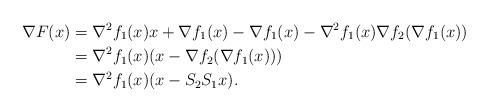
LaTeX: \begin{align*}\nabla F(x)&=\nabla^2f_1(x)x+\nabla f_1(x)-\nabla f_1(x)-\nabla^2f_1(x)\nabla f_2(\nabla f_1(x))\\&=\nabla^2f_1(x)(x-\nabla f_2(\nabla f_1(x)))\\&=\nabla^2f_1(x)(x-S_2S_1x).\end{align*}